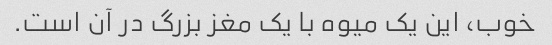
خوب، این یک میوه با یک مغز بزرگ در آن است.